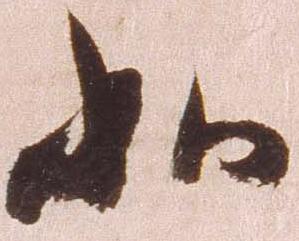
如